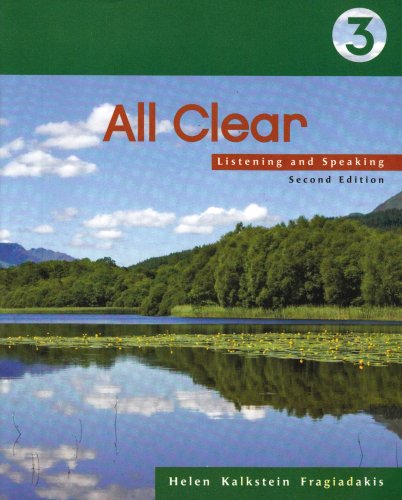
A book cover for All Clear 3: Listening and Speaking, 2nd Edition; Helen Kalkstein Fragiadakis; Reference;